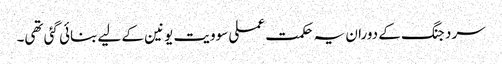
سرد جنگ کے دوران یہ حکمت عملی سوویت یونین کے لیے بنائی گئی تھی۔